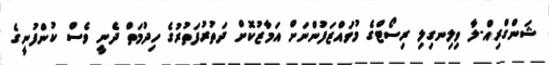
ޝަންގްރިއް-ލާ ވިލިނގިލި ރިސޯޓްގެ މުވައްޒަފުންނަށް އަމާޒުކޮށް ދަތުރުފަތުރުގެ ހިދުމަތް ދެނީ ވެސް ކުންފުނީގެ